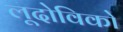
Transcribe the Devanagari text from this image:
लूदोविको